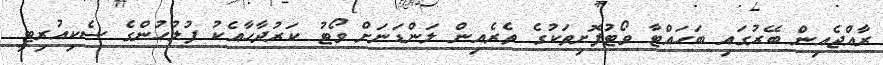
ރާއްޖެއިން ބޭރުގައި ބަހައްޓާ ވޯޓުފޮށިތަކުގެ ތެރެއިން ލަންޑަނަށް ވޯޓު ކަރުދާހާއެކު ފުލުހުންގެ ސެކިއުރިޓީ